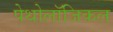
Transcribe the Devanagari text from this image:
पेथोलॉजिकल